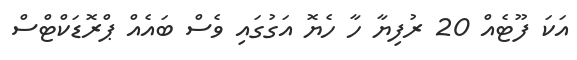
އަކަ ފޫޓެއް 20 ރުފިޔާ ހާ ހެޔޮ އަގުގައި ވެސް ބައެއް ޕްރޮޑަކްޓްސް